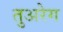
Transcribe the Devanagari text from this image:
तुअरेग